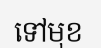
ទៅមុខ